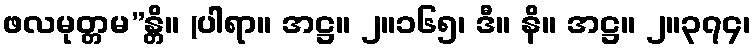
ဖလမုတ္တမ”န္တိ။ (ပါရာ။ အဋ္ဌ။ ၂။၁၆၅၊ ဒီ။ နိ။ အဋ္ဌ။ ၂။၃၇၄၊